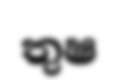
තුෂ